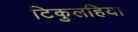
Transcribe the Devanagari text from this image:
टिकुलहिया